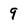
Character: 9